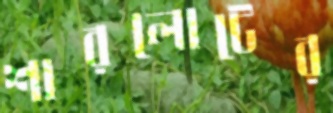
শারলোটের